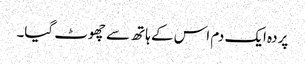
پردہ ایک دم اس کے ہاتھ سے چھوٹ گیا۔